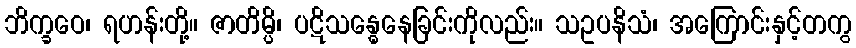
ဘိက္ခဝေ၊ ရဟန်းတို့။ ဇာတိမ္ပိ၊ ပဋိသန္ဓေနေခြင်းကိုလည်း။ သဥပနိသံ၊ အကြောင်းနှင့်တကွ